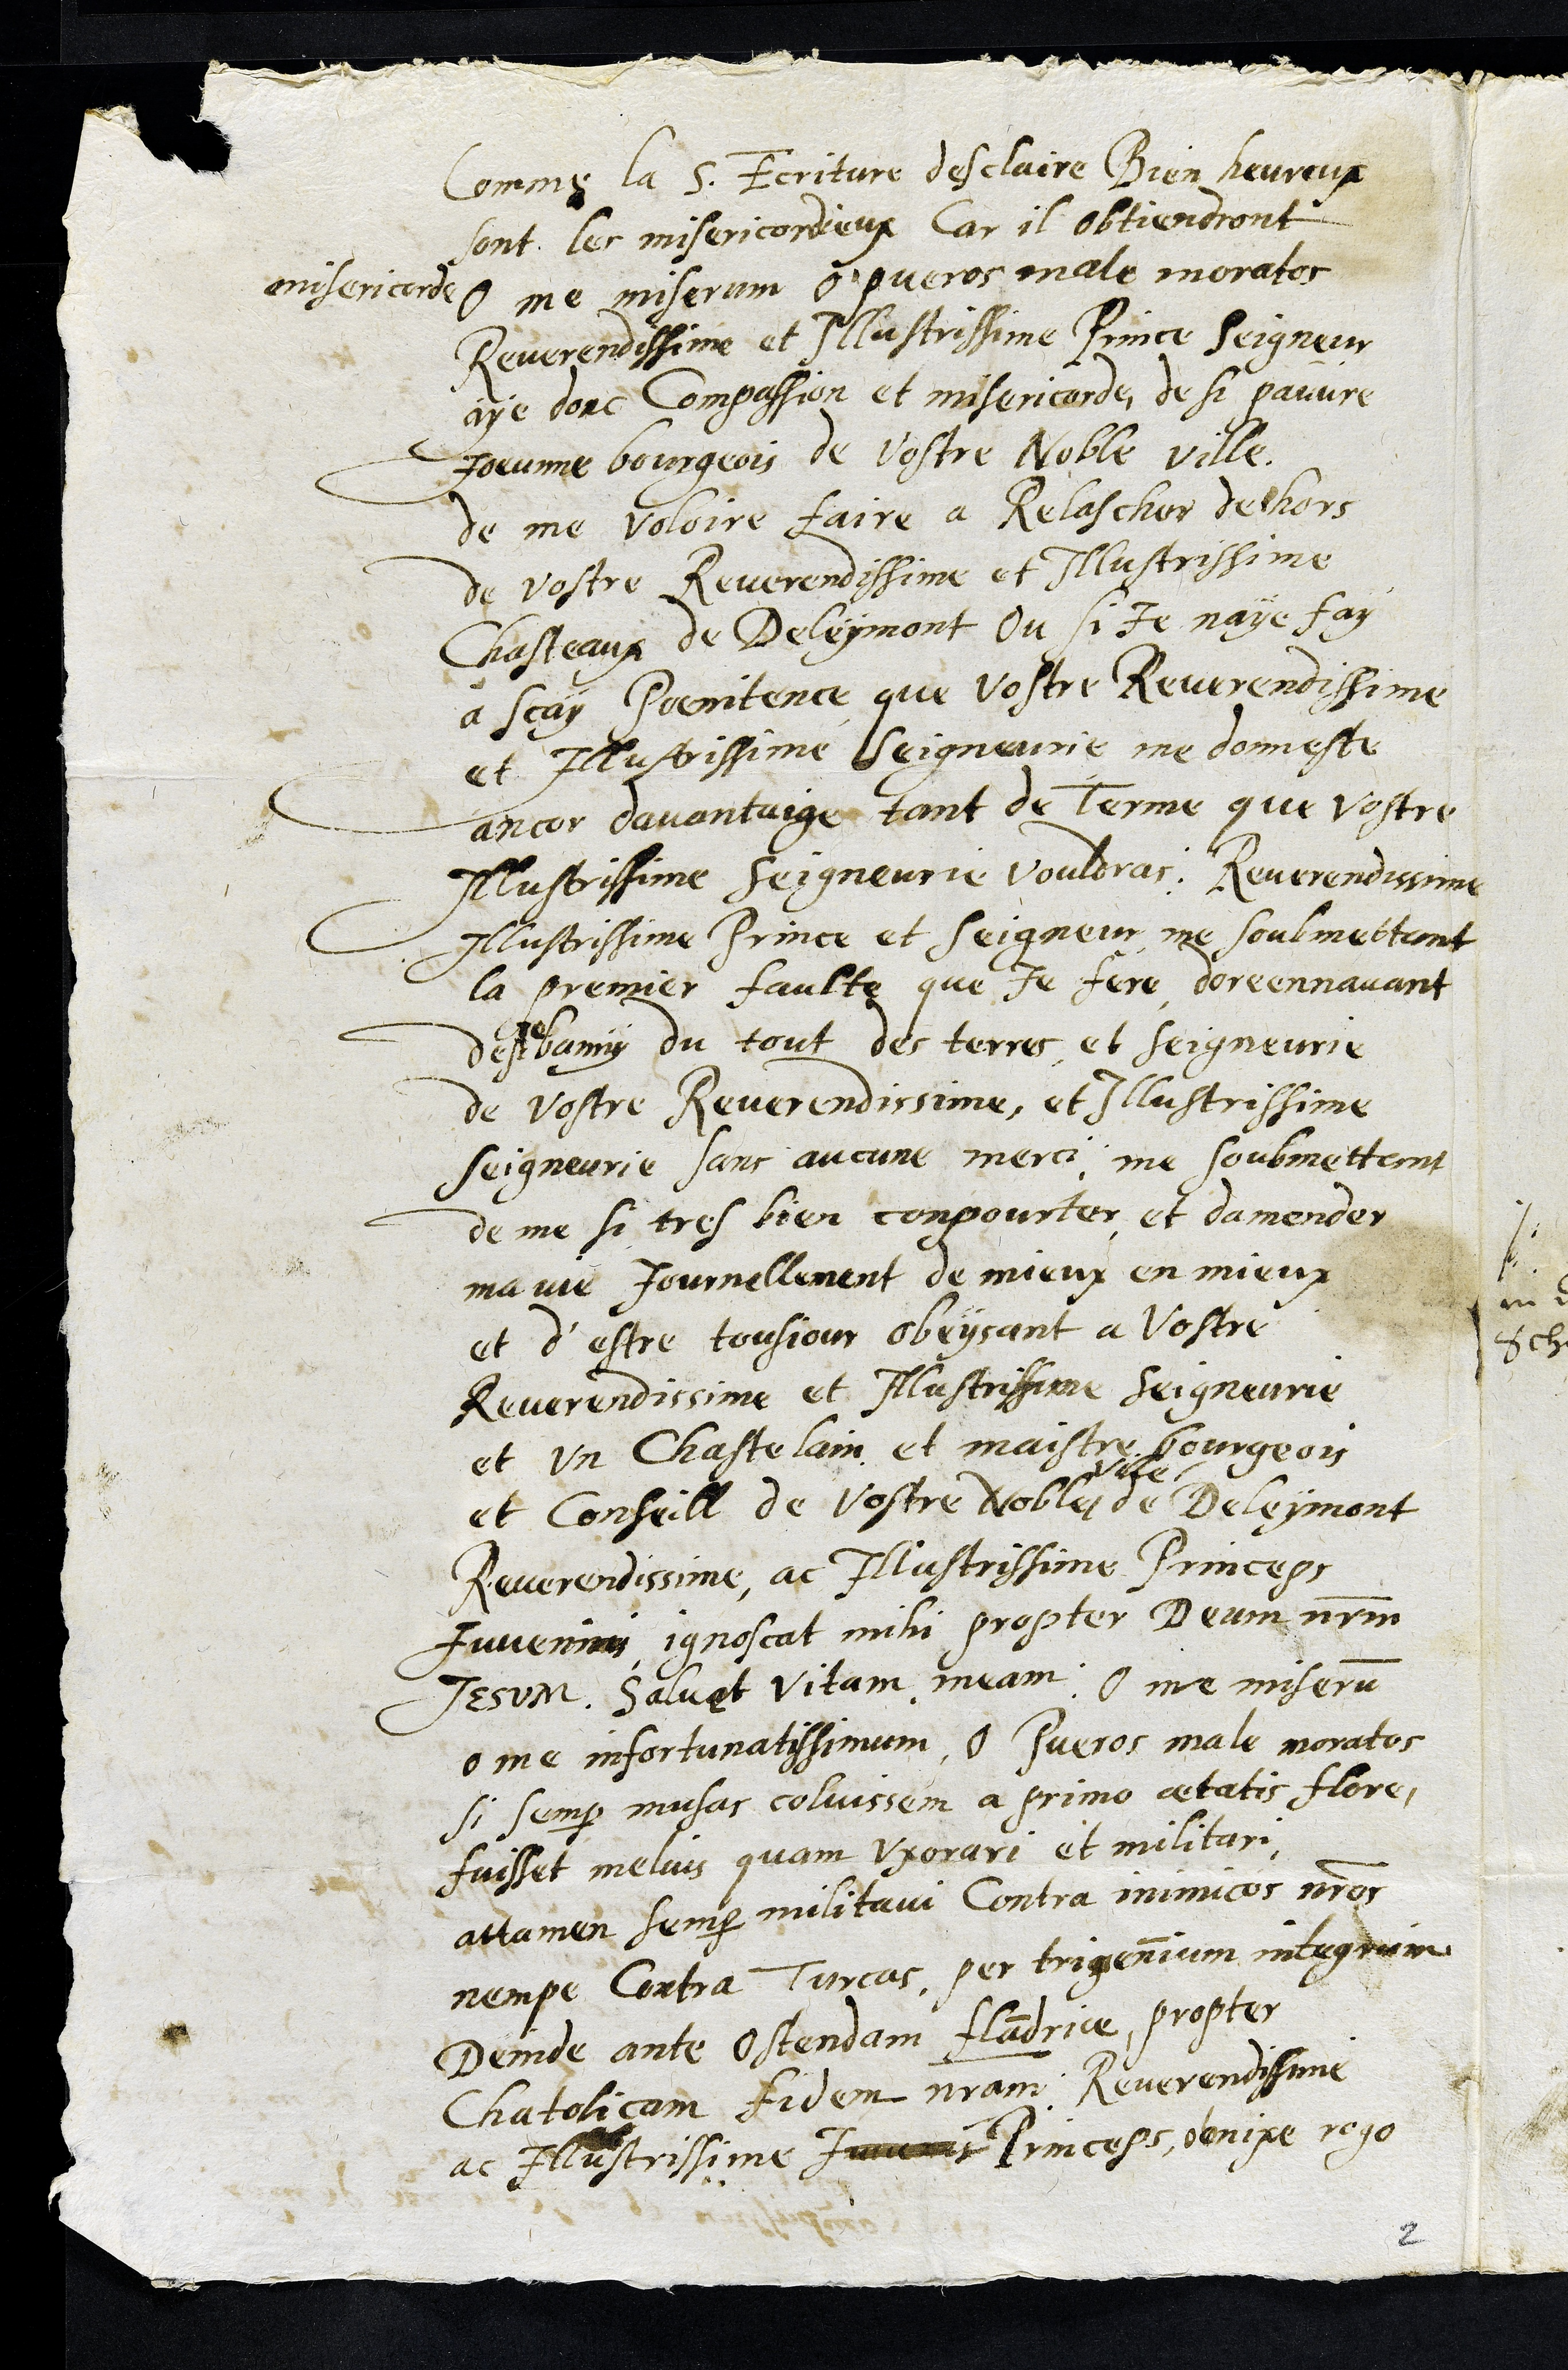
Comme la S. Ecriture desclaire Bien heureux
sont les misericordieux, car il obtiendront
misericorde
O me miserum o pueros male moratos
Reverendissime et Illustrissime Prince Seigneur
aye donc compassion et misericorde de si pauvre
Joeunne bourgeois de Vostre Noble ville
de me voloire faire a Relascher dehors
de vostre Reverendissime et Illustrissime
Chasteaux de Deleymont Ou si Je naye fay
a scay Poenitence que vostre Reverendissime
et Illustrissime Seigneurie me donneste
ancor davantaige tant de Terme que vostre
Illustrissime Seigneurie vouldras, Reverendissime
Illustrissime Prince et Seigneur me soubmettant
la premier faulte que Je fere doreennavant
destre banny du tout des terres et Seigneurie
de vostre Reverendissime et Illustrissime
Seigneurie sans aucune merci, me soubmettant
de me si tres bien compourter et damender
ma vie Journellement de mieux en mieux
et d'estre tousjour obeyssant a Vostre
Reverendissime et Illustrissime Seigneurie
et un chastelain et maistre bourgeois
et Conseill de vostre Noble
ville
de Deleymont
Reverendissime ac Illustrissime Princeps
Juvennis ignoscat mihi propter Deum nrm
Jesum salvat vitam meam. O me miserum
o me infortunatissimum O Pueros male moratos
si semper musas coluissem a primo aetatis flore,
fuisset meluis quam uxorari et militari
attamen semper militavi Contra inimicos nros
nempe contra Turcos, per trigennium integrum
Deinde ante Ostedam Flandriae, propter
Chatolicam fidem nram Reverendissime
ac Illustrissime Juvenis Princeps obnixe rogo
2